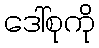
ဒေါ်စုကို